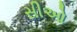
સીઓ